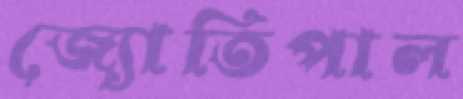
জ্যোতিপাল